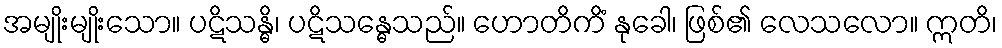
အမျိုးမျိုးသော။ ပဋိသန္ဓိ၊ ပဋိသန္ဓေသည်။ ဟောတိကိံ နုခေါ၊ ဖြစ်၏ လေသလော။ ဣတိ၊